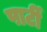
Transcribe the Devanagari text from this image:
पार्टीं